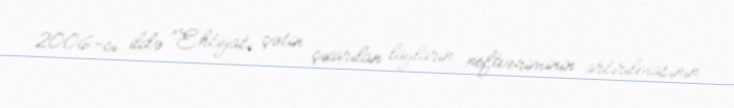
2006-cı ildə “Ehtiyatı çətin çıxarılan layların neftveriminin artırılmasının